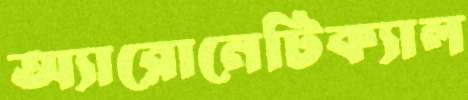
অ্যারোনেটিক্যাল